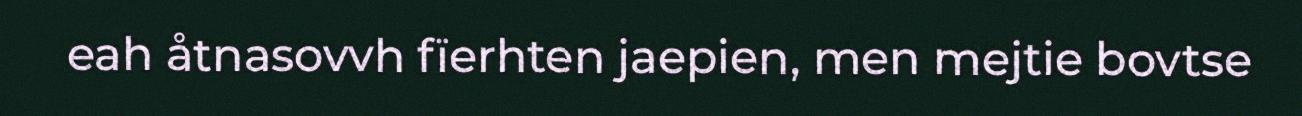
eah åtnasovvh fïerhten jaepien, men mejtie bovtse